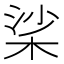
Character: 桬